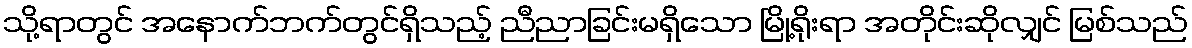
သို့ရာတွင် အနောက်ဘက်တွင်ရှိသည့် ညီညာခြင်းမရှိသော မြို့ရိုးရာ အတိုင်းဆိုလျှင် မြစ်သည်